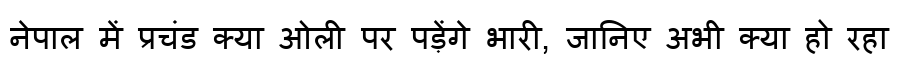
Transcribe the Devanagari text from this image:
नेपाल में प्रचंड क्या ओली पर पड़ेंगे भारी, जानिए अभी क्या हो रहा